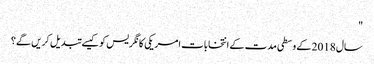
"
سال 2018 کے وسطی مدت کے انتخابات امریکی کانگریس کو کیسے تبدیل کریں گے؟